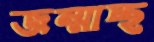
জন্মাচ্ছ